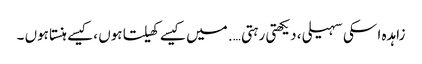
زاہدہ ا سکی سہیلی ، دیکھتی رہتی …. میں کیسے کھیلتا ہوں ،کیسے ہنستا ہوں ۔